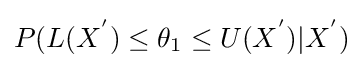
P(L(X^{'})\leq \theta _{1}\leq U(X^{'})|X^{'})